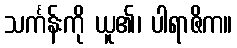
သင်္ကန်းကို ယူ၏၊ ပါရာဇိက။